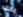
مكتئبة